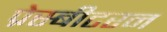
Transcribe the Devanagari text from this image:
प्रेस्बीटरन